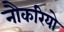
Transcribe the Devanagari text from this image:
नौकरियो